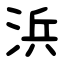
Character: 浜